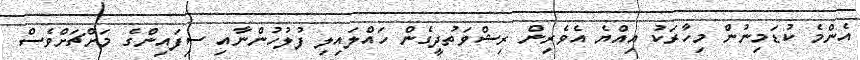
އެންމެ ކުޑަމިނުން މިހާރަކު އިއްޔެ އެވެރިން ރިޝްވަތުދީގެން ހައްލައިލި ފުލުހުންނާއި ސިފައިންގެ މަށްޗަށްވެސް